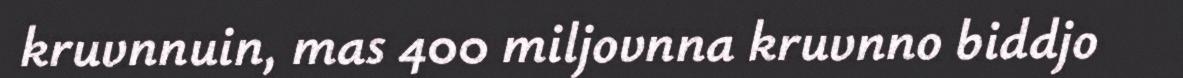
kruvnnuin, mas 400 miljovnna kruvnno biddjo